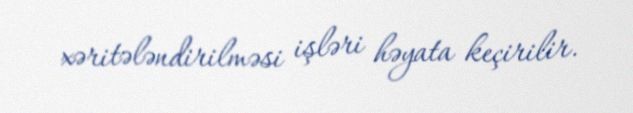
xəritələndirilməsi işləri həyata keçirilir.